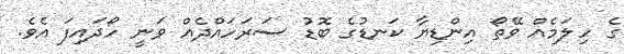
ގެ ހިލަމެއް ވޭތޯ އިންޑިޔާ ކަނޑުގެ ބޮޑު ސަރަހައްދެއް ވަނީ ހޯދައިފަ އެވެ.